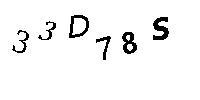
33D78S